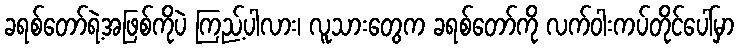
ခရစ်တော်ရဲ့အဖြစ်ကိုပဲ ကြည့်ပါလား၊ လူသားတွေက ခရစ်တော်ကို လက်ဝါးကပ်တိုင်ပေါ်မှာ